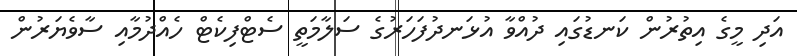
އަދި މީގެ އިތުރުން ކަނޑުގައި ދުއްވާ އުޅަނދުފަހަރުގެ ސަލާމަތީ ސެޓްފިކެޓް ހެއްދުމާއި ސާވެޔަރުން